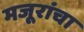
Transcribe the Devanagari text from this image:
मजूरांचा